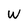
Character: w